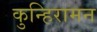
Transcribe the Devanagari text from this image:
कुन्हिरामन